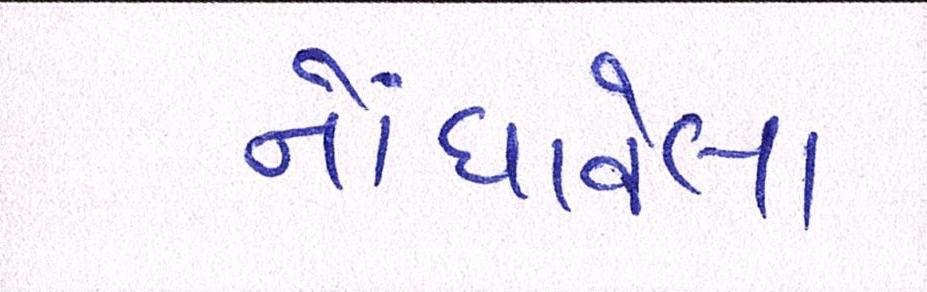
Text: નોંધાવેલા